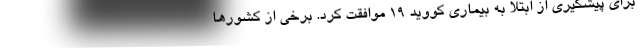
برای پیشگیری از ابتلا به بیماری کووید 19 موافقت کرد. برخی از کشورها